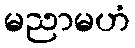
မညာမဟံ